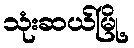
သုံးဆယ်မြို့